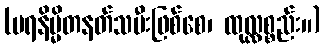
(ပရနိမ္မိတနတ်သမီးဖြစ်စေ၊ ထုလ္လစ္စည်း။)